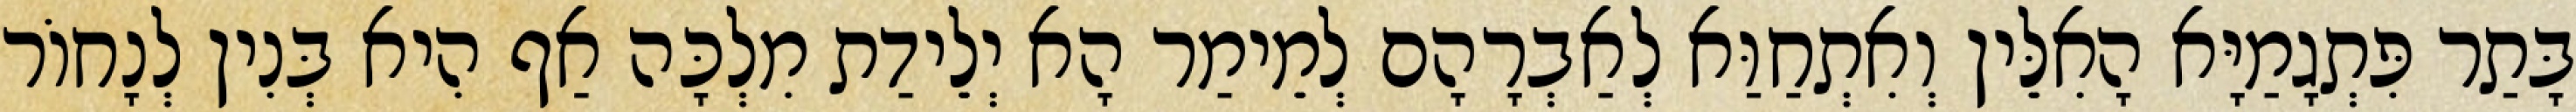
בָּתַר פִּתְגָמַיָּא הָאִלֵּין וְאִתְחַוַּא לְאַבְרָהָם לְמֵימַר הָא יְלֵידַת מִלְכָּה אַף הִיא בְּנִין לְנָחוֹר